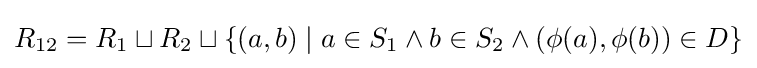
R_{12}=R_{1}\sqcup R_{2}\sqcup \{(a,b)\mid a\in S_{1}\land b\in S_{2}\land (\phi (a),\phi (b))\in D\}